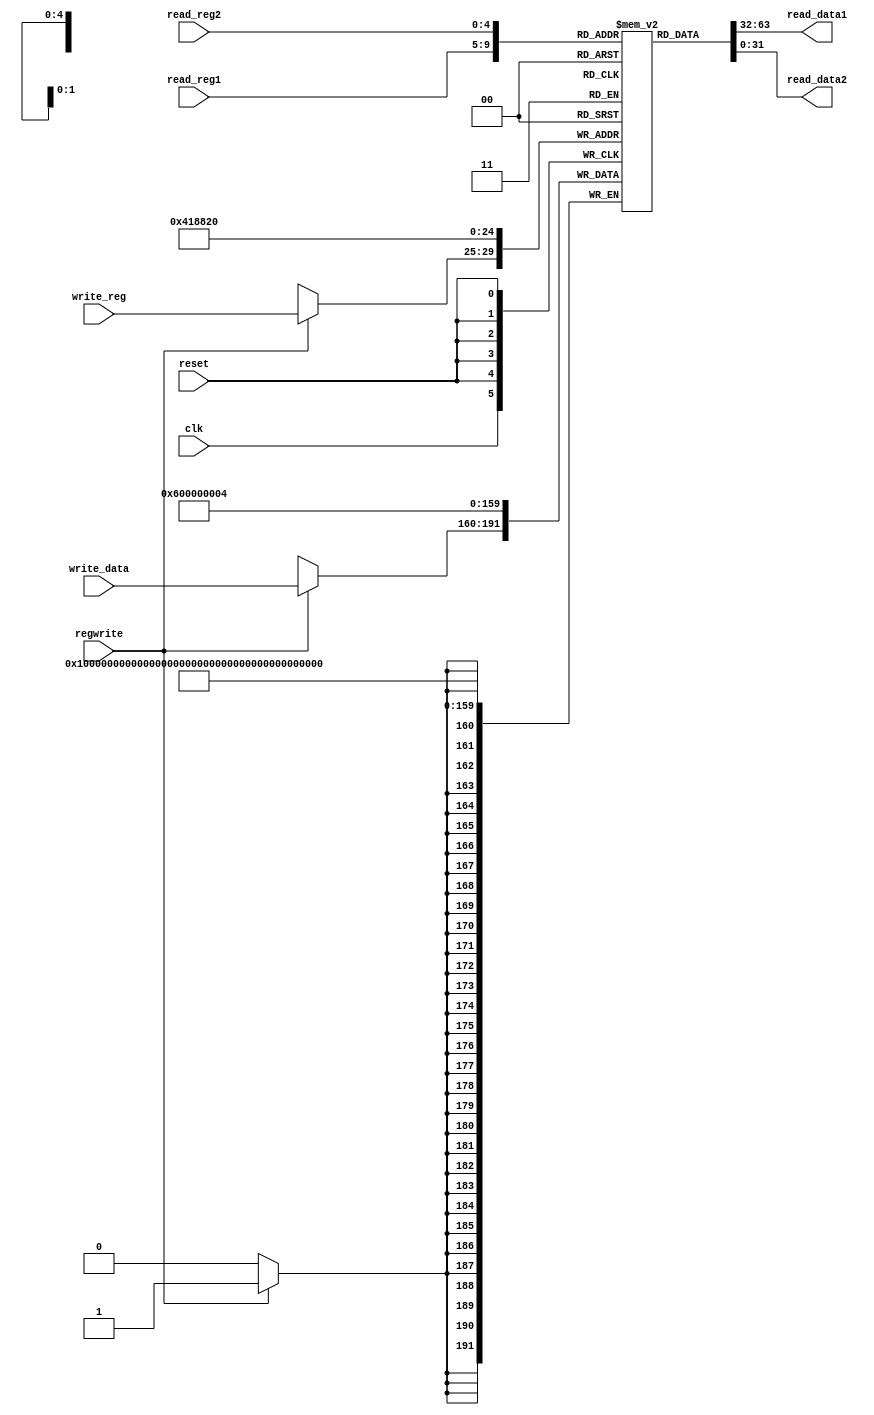
`timescale 1ns / 1ps
//////////////////////////////////////////////////////////////////////////////////
// Company: 
// Engineer: 
// 
// Design Name: 
// Module Name: regfile
// Project Name: 
// Target Devices: 
// Tool Versions: 
// Description: 
// 
// Dependencies: 
// 
// Revision:
// Revision 0.01 - File Created
// Additional Comments:
// 
//////////////////////////////////////////////////////////////////////////////////

module regfile(input [4:0]read_reg1,input [4:0]read_reg2,
input [4:0]write_reg,input [31:0]write_data,
output [31:0]read_data1,output [31:0]read_data2,
input regwrite,input reset,input clk);

reg [31:0]mem[31:0];

always@(posedge clk)
begin
if (regwrite==1'b1)
begin
mem[write_reg] = write_data;;
end
end

assign read_data1 = mem[read_reg1];
assign read_data2 = mem[read_reg2];

always@(negedge reset)
begin
if(reset == 0)
begin
mem[0] = 32'h00000004;
mem[1] = 32'h00000006;
mem[2] = 32'h00000000;
mem[3] = 0;
mem[4] = 0;
end
end

endmodule